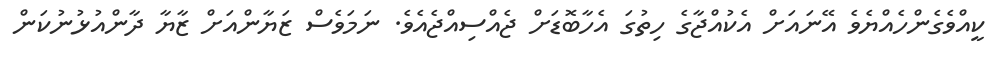
ކީއްވެގެންހެއްޔެވެ އޭނައަށް އެކުއްޖާގެ ހިތުގަ އެހާބޮޑަށް ޖެއްސިއްޖެއެވެ. ނަމަވެސް ޒަޔާންއަށް ޒާޔާ ދާންއުޅުނުކަން